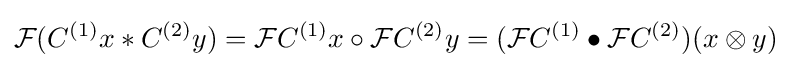
{\mathcal {F}}(C^{(1)}x\ast C^{(2)}y)={\mathcal {F}}C^{(1)}x\circ {\mathcal {F}}C^{(2)}y=({\mathcal {F}}C^{(1)}\bullet {\mathcal {F}}C^{(2)})(x\otimes y)